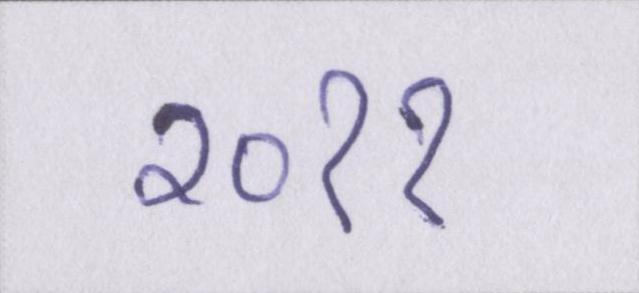
२०११